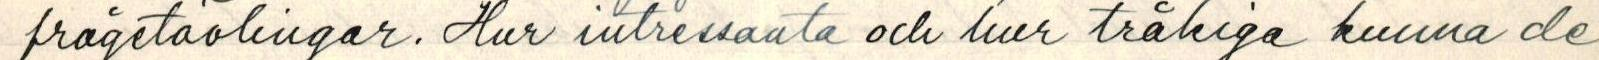
frågetavlingar. Hur intressanta och hur tråkiga kunna de